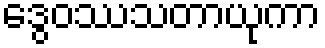
ဒွေဝဿသတာယုကာ